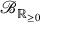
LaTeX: \operatorname { \mathcal { B } } _ { \mathbb { R } _ { \geq 0 } }